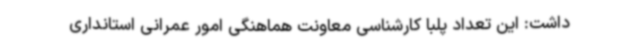
داشت: این تعداد پلبا کارشناسی معاونت هماهنگی امور عمرانی استانداری